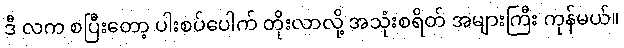
ဒီ လက စပြီးတော့ ပါးစပ်ပေါက် တိုးလာလို့ အသုံးစရိတ် အများကြီး ကုန်မယ်။